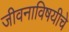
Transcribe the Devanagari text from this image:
जीवनाविषयीचे